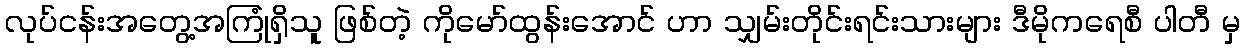
လုပ်ငန်းအတွေ့အကြုံရှိသူ ဖြစ်တဲ့ ကိုမော်ထွန်းအောင် ဟာ သျှမ်းတိုင်းရင်းသားများ ဒီမိုကရေစီ ပါတီ မှ